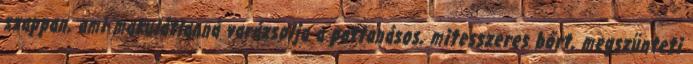
szappan, ami makulátlanná varázsolja a pattanásos, mitesszeres bőrt, megszünteti